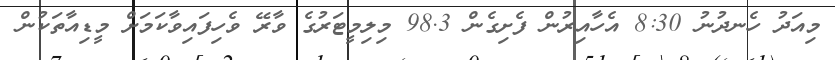
މިއަދު ހެނދުނު 8:30 އެހާއިރުން ފެށިގެން 98.3 މިލިމީޓަރުގެ ވާރޭ ވެހިފައިވާކަމަށް މީޑިއާތަކުން